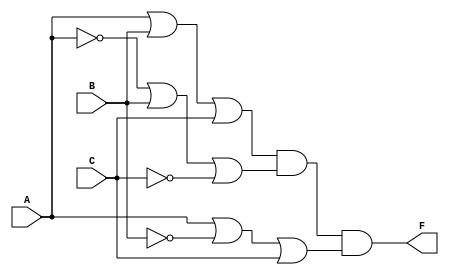
module pos_simplification (
    input wire A,   // Input A
    input wire B,   // Input B
    input wire C,   // Input C
    output wire F   // Output F
);

// Define the sum terms based on a specific POS expression
// For example, let's consider the expression:
// F(A, B, C) = (A + B + C)(A' + B + C')(A + B' + C)
// This can be represented in terms of OR and AND gates.

wire sum1;  // Output of first OR gate
wire sum2;  // Output of second OR gate
wire sum3;  // Output of third OR gate

// Sum term 1: (A + B + C)
assign sum1 = A | B | C;

// Sum term 2: (A' + B + C')
assign sum2 = ~A | B | ~C;

// Sum term 3: (A + B' + C)
assign sum3 = A | ~B | C;

// Final output F: AND of all sum terms
assign F = sum1 & sum2 & sum3;

endmodule